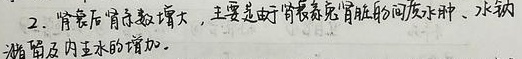
2. 肾衰后肾体积增大，主要是由于肾衰后肾脏间质水肿、水钠潴留及内压的增加。